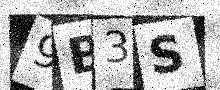
Text: 9B3S